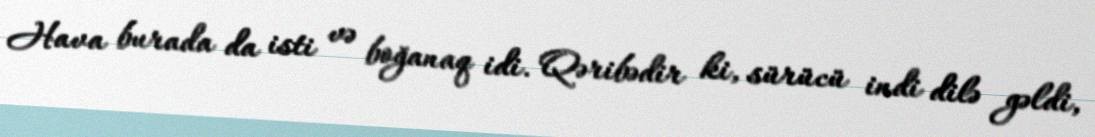
Hava burada da isti və boğanaq idi. Qəribədir ki, sürücü indi dilə gəldi,